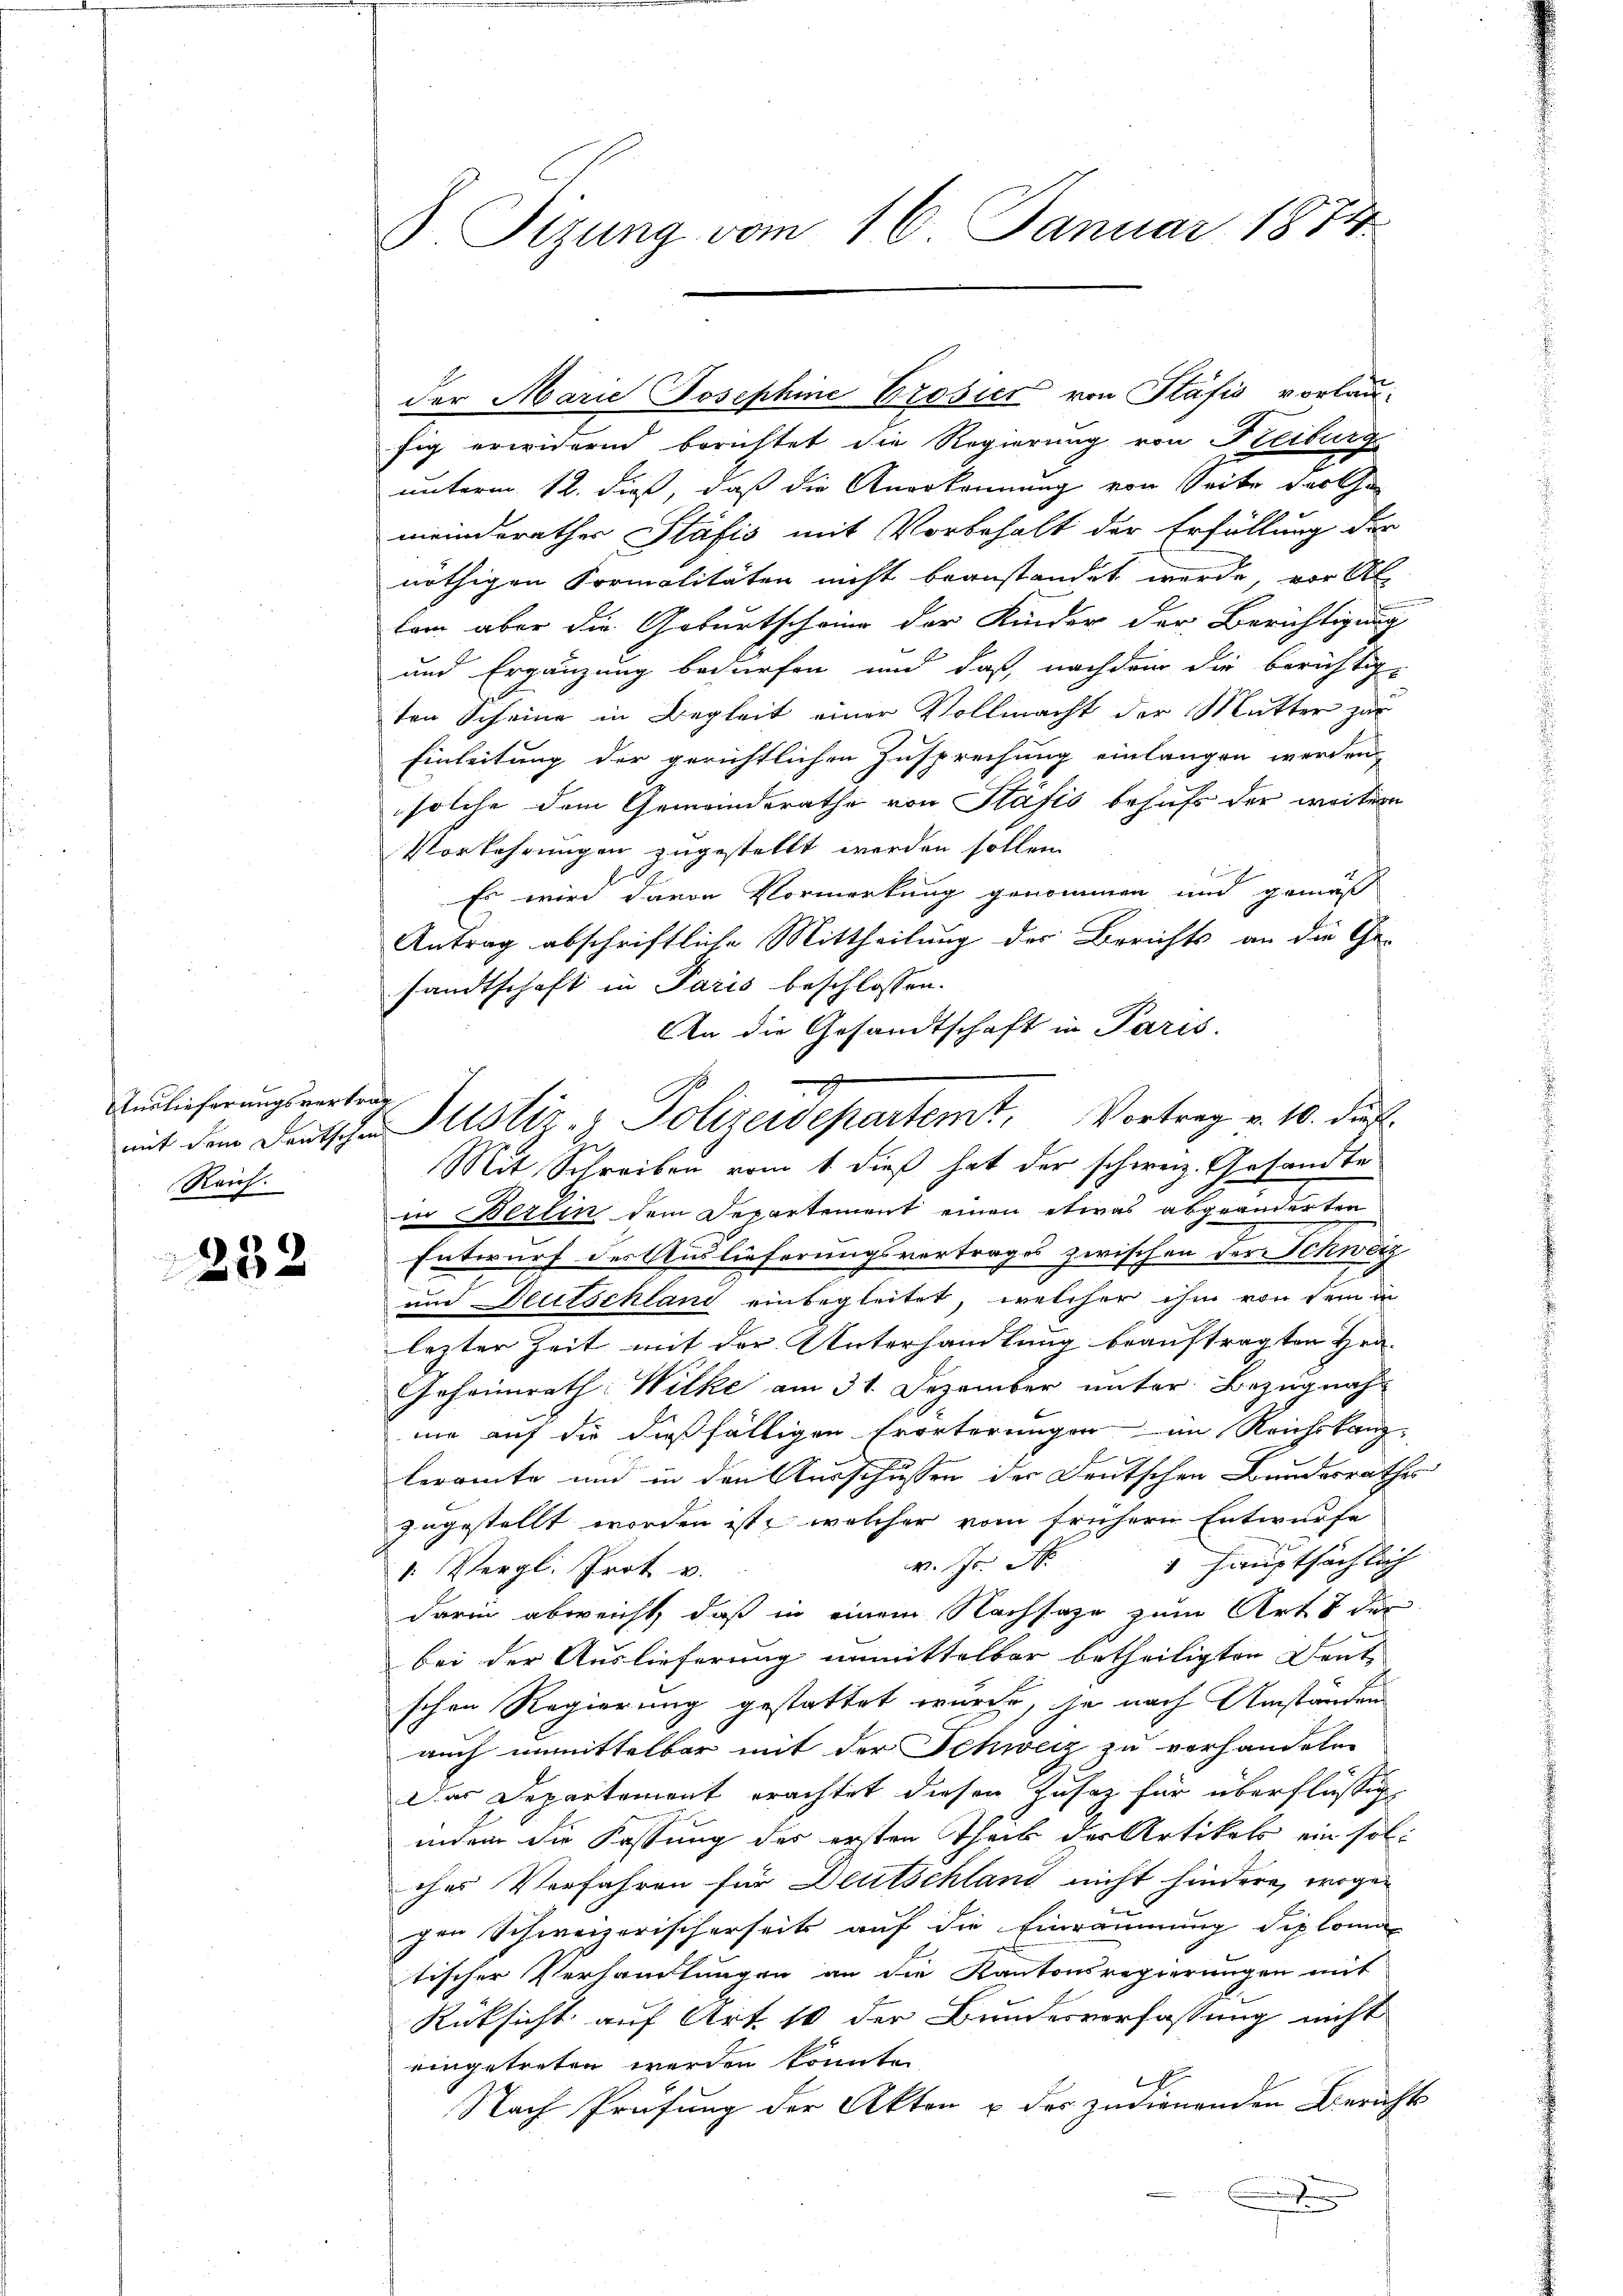
Unslieferungsvertrag
Reich.

232

Sizung vom 16. Januar 1874.

der Marie Josephine Brosier von Stäfis vorlaufig erwidernd berichtet die Regierung von Freiburg
unterm 12. dieß, daß die Anerkennung von Seiter darthe
meinderathes Stäfis mit Vorbehalt der Erfüllung der
nöthigen Formalitäten nicht beanstandet werde, vor Al
tem aber die Geburtscheine der Kinder der Berichtigung
und Ergänzung bedürfen und daß, nachdem die berichtige
ten Scheine in Begleit einer Vollmacht der Mutter zur
Einleitung der gerichtlichen Zusprechung einlangen werden,
solche dem Gemeinderathe von Stafis behufs der weitere
Vorkehrungen zugestellt werden sollen.
Es wird davon Vormerkung genommen und gemäß
Antrag abschriftliche Mittheilung der Berichts an die Ge-
sandtschaft in Paris beschlossen.
An die Gesandtschaft in Paris.
Mit Schreiben vom 1. dieß hat der schweiz. Gesandte
in Berlin dem Departement einen etwas abgeänderten
Entwurf der Auslieferungsvertrages zwischen der Schweiz
und Deutschland einbegleitet, welcher ihm von dem in
lezter Zeit mit der Unterhandlung beauftragten Hrn.
Geheimrath Wilke am 31. Dezember unter Bezugnah
ne auf die dießfälligen Erörterungen im Reichskanzleramte und in den Ausschussen der Deutschen Bundesrathes
zugestellt worden ist, welcher vom frühern Entwurfe
 hauptsächlich
v. fr. A
I. Vergl. Prot v.
darin abweicht, daß in einem Nachsage zum Art. 1 der
bei der Auslieferung unmittelbar betheiligten Deut
schen Regierung gestattet würche, je nach Umständen
auch unmittelbar mit der Schweiz zu verhandeln.
Das Departement erachtet dieser Zusatz für überflüssig
indem die Fassung des ersten Theil der Artikels ein solches Verfahren für Deutschland nicht hindere, wogegen Schweizerischerseits auf die Einräumung diplomatischer Verhandlungen an die Kantonsregierungen mit
Rüksicht auf Art. 10 der Bundesverfassung nicht
eingetreten werden könnte.
.
Nach Prüfung der Akten u der zudienenden Berichts
x

J
mit dem Deutschen Justiz- & Polizeidepartemt. Vortrag v. 10. die